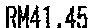
RM41.45